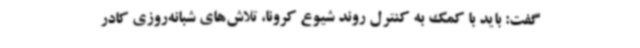
گفت: باید با کمک به کنترل روند شیوع کرونا، تلاش‌های شبانه‌روزی کادر